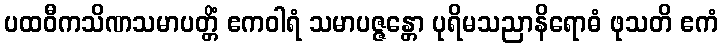
ပထဝီကသိဏသမာပတ္တိံ ဧကဝါရံ သမာပဇ္ဇန္တော ပုရိမသညာနိရောဓံ ဖုသတိ ဧကံ